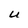
Character: U